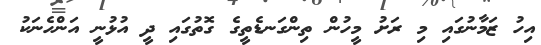
އިހު ޒަމާނުގައި މި ރަށު މީހުން ތިންގަނޑެތީގެ ގޮތުގައި ދީ އުޅުނީ އަންހެނަކު